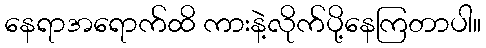
နေရာအရောက်ထိ ကားနဲ့လိုက်ပို့နေကြတာပါ။